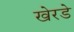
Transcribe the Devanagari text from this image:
खेरडे